Bombay plague: being a history of the progress of plague in the Bombay presidency from September 1896 to June 1899
Year: 1896
Disease focus: Plague
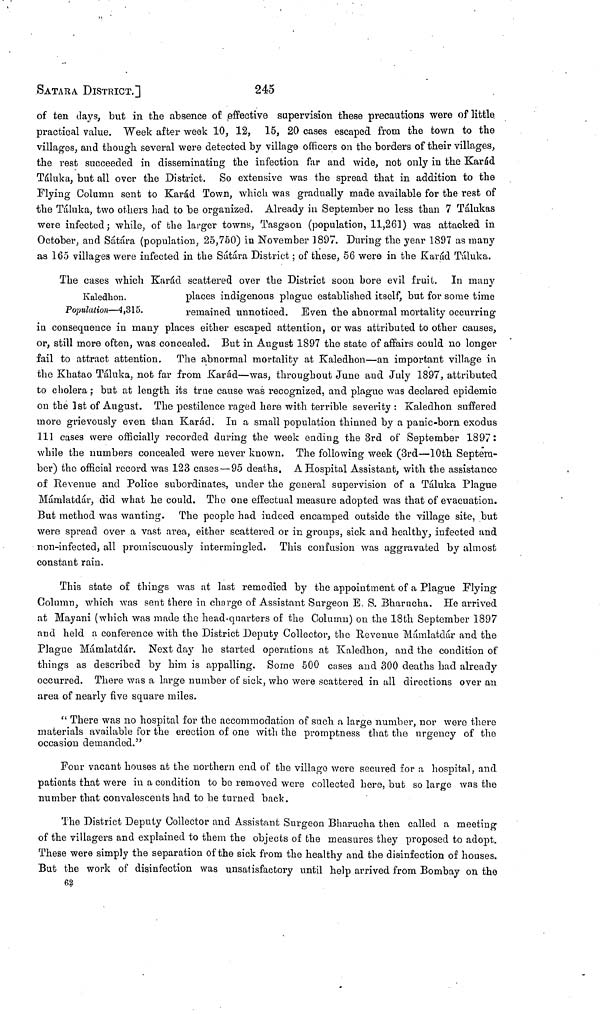
SATARA DISTRICT.]
245
of ten days, but in the absence of effective supervision these precautions were of little
practical value. Week after week 10, 12, 15, 20 cases escaped from the town to the
villages, and though several were detected by village officers on the borders of their villages,
the rest succeeded in disseminating the infection far and wide, not only in the Karád
Táluka, but all over the District. So extensive was the spread that in addition to the
Flying Column sent to Karád Town, which was gradually made available for the rest of
the Táluka, two others had to be organized. Already in September no less than 7 Tálukas
were infected; while, of the larger towns, Tasgaon (population, 11,261) was attacked in
October, and Sátára (population, 25,750) in November 1897. During the year 1897 as many
as 165 villages were infected in the S atara District ; of these, 56 were in the Karád Táluka.
Kaledhon.
Population—4,315.
The cases which Karád scattered over the District soon bore evil fruit. In many
places indigenous plague established itself, but for some time
remained unnoticed. Even the abnormal mortality occurring
in consequence in many places either escaped attention, or was attributed to other causes,
or, still more often, was concealed, But in August 1897 the state of affairs could no longer
fail to attract attention. The abnormal mortality at Kaledhon—an important village in
the Khatao Táluka, not far from Karád—was, throughout June and July 1897, attributed
to cholera ; but at length its true cause was recognized, and plague was declared epidemic
on the 1st of August. The pestilence raged here with terrible severity : Kaledhon suffered
more grievously even than Karád. In a small population thinned by a panic-born exodus
111 cases were officially recorded during the week ending the 3rd of September 1897:
while the numbers concealed were never known. The following week (3rd—10th Septem-
ber) the official record was 123 cases — 95 deaths. A Hospital Assistant, with the assistance
of Revenue and Police subordinates, under the general supervision of a Táluka Plague
Mámlatdár, did what he could. The one effectual measure adopted was that of evacuation.
But method was wanting. The people had indeed encamped outside the village site, but
were spread over a vast area, either scattered or in groups, sick and healthy, infected and
non-infected, all promiscuously intermingled. This confusion was aggravated by almost
constant rain.
This state of things was at last remedied by the appointment of a Plague Flying
Column, which was sent there in charge of Assistant Surgeon B. S. Bharucha. He arrived
at Mayani (which was made the head-quarters of the Column) on the 18th September 1897
and held a conference with the District Deputy Collector, the Revenue Mámlatdár and the
Plague Mámlatdár. Next day he started operations at Kaledhon, and the condition of
things as described by him is appalling. Some 500 cases and 300 deaths had already
occurred. There was a large number of sick, who were scattered in all directions over an
area of nearly five square miles.
" There was no hospital for the accommodation of such a large number, nor were there
materials available for the erection of one with the promptness that the urgency of the
occasion demanded."
Four vacant houses at the northern end of the village were secured for a hospital, and
patients that were in a condition to be removed were collected here, but so large was the
number that convalescents had to be turned back.
The District Deputy Collector and Assistant Surgeon Bharucha then called a meeting
of the villagers and explained to them the objects of the measures they proposed to adopt.
These were simply the separation of the sick from the healthy and the disinfection of houses.
But the work of disinfection was unsatisfactory until help arrived from Bombay on the
62